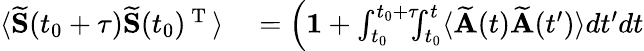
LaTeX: \begin{array}{rl}{\langle\mathbf{\widetilde{S}}(t_{0}+\tau)\mathbf{\widetilde{S}}(t_{0})^{\mathrm{~T~}}\rangle}&{{}=\left(\vphantom{\int_{t_{0}}^{t_{0}+\tau}}\mathbf{1}+\int_{t_{0}}^{t_{0}+\tau}\! \! \! \int_{t_{0}}^{t}\langle\mathbf{\widetilde{A}}(t)\mathbf{\widetilde{A}}(t^{\prime})\rangle dt^{\prime}dt\right.}\end{array}